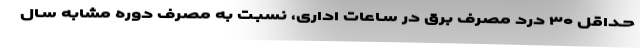
حـداقل ۳۰ درد مصرف برق در سـاعات اداری، نسبـت به مصرف دوره مشابه سـال